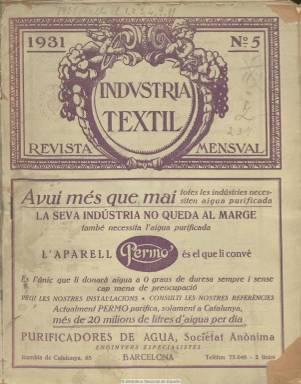
Título: Indústria tèxtil (Barcelona)
Colección: Industria
Ámbito geográfico: Barcelona
Lugar de publicación: Barcelona
Fechas: 01/05/1931-29/02/1936

Revista mensual fundada en 1917 y dirigida por el ingeniero y político nacionalista catalán Manuel Massó Llorens (1876-1952), que fue catedrático de Tecnología Textil de la Escuela Industrial de Vilanova y la Geltrú y director de la Escuela de Industrias Textiles de Barcelona. Escrita en lengua catalana, la colección de este título de la Biblioteca Nacional de España comienza en mayo de 1931, año este en que Massó había regresado del exilio al que se había visto obligado en 1923 por la dictadura primoriverista, y acaba en febrero de 1936.

Con numeración y paginación continuada anual, en los números de diciembre suele incluir un índice, siendo sus entregas de paginación variada, a veces en torno a las sesenta páginas, reduciéndose a veces a la veintena. Las dos terceras partes están dedicadas a anuncios de publicidad relacionados con la industria textil. Inserta fotografías, grabados y dibujos. Asimismo, incluye por entregas y con paginación propia manuales de conocimientos textiles, también escritos en lengua catalana. Difunde una edición normal y otra especial.

Cada número cuenta con un sumario. Su espacio redaccional está dividido en diferentes secciones, comenzado con una de artículos generales sobre la industria textil a la que la siguen las de Filatura, Tissatge, Génere de punt, Géneres especials, Ram de l’aigua, Bibliografia, Mercats e Informació general (como suplemento a cada número). Sus textos son de carácter técnico y económico, sobre maquinaria, materias primas, producción, comercio, o conferencias y exposiciones, etc., y entre sus autores aparecen los nombres de Eduard Capdevila, Joan Rolduá, Josep Catalá, Josep Molas, Josep García Ferrández, Vicenç Galcerán, Eusebi Bertrand i Serra, Josep Rius Prats, Manuel Ballester, Raffaele Sansone, H. Muller y  William Scott-Taggart, entre otros.